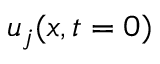
u _ { j } ( x , t = 0 )